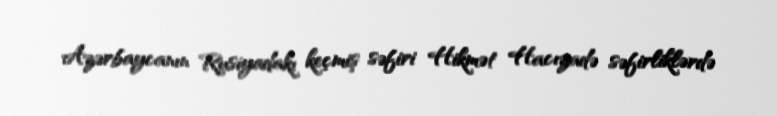
Azərbaycanın Rusiyadakı keçmiş səfiri Hikmət Hacızadə səfirliklərdə